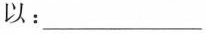
以：___